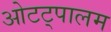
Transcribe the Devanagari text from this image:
ओटट्पालम